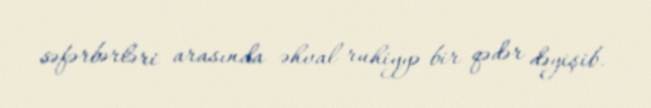
səfərbərləri arasında əhval-ruhiyyə bir qədər dəyişib.